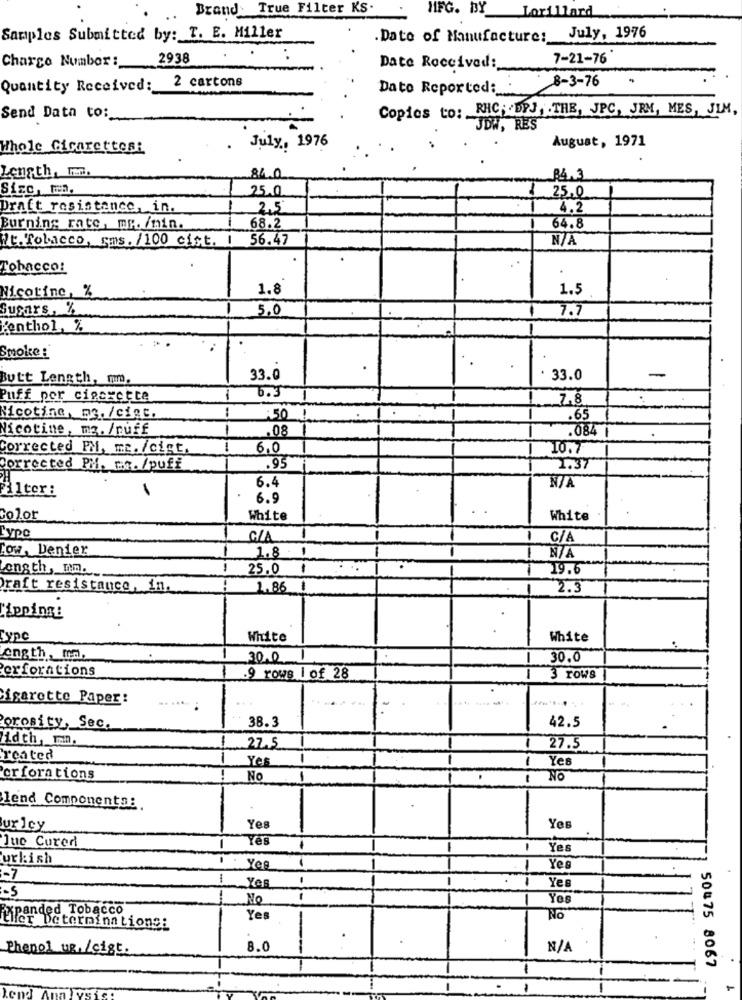
Brand: True Filter KS.
MFG. BY Lorillard
Samples Submitted by: T. E. Miller
Date of Manufacture: July, 1976
Charge Number :
2938
.
7-21-76
Date Received:
2 cartons
8-3-76
.
Quantity Received:
Dato Reported: .
Copics to: RHC ; DPJ , . THE, JPC, JRM, MES, JIM,
Send Data to :_
JDW, RES
August, 1971
Whole Girarettes:
.
July, 1976
Length, Im.
84.0
84.3
Sięc, men.
25.0
25,0
Draft resistance, in.
2,5
4.2
Burning rate, mr. /min.
68.2
64.8
it. Tobacco, sms. /100 Gist. 1
56.47
Tobacco:
Nicotine, %
1.8
1.5
Susars, %
5.0
7.7
Penthol, %
Smoke :
.
Butt Length, mm.
33.0
33.0
-
6.3
Puff per cigarette
1
7.8
Nicotine, mg. /cint.
:50
.65
Nicotine, ma. /ruff
.08
.084 |
Corrected FM, m. /cist.
6.0
10.7
Corrected PM. ... /puff
.95
2.37
6.4
Filter:
6.9
Color
White
White
Typc
G/A
C/A
low, Denier
1.8
ength, m.
25.0
19.6
raft resistance, in.
1.86
2.3
"ipping:
Typc
White
White
ength, mm,
30.0
30.0
Perforations
9 rows 1 of 28
3 rows
icarotte Paper:
Porosity, Sec.
38.3
42.5
idth, T.
27.5
27.5
reated
Yes
-
Ye
Perforations
No
.
! NO
lend Components:
ur Icy
Yes
Yes
Jue Cured
Yes
-
-
Yes
urkish
Yes
-
Yes
-7
Yes
Yes
-5
No
Yes
tipanded Tobacco
Yes
No
fer Determinations:
thenol ug, /cist.
8.0
-
-
50475 8067
-